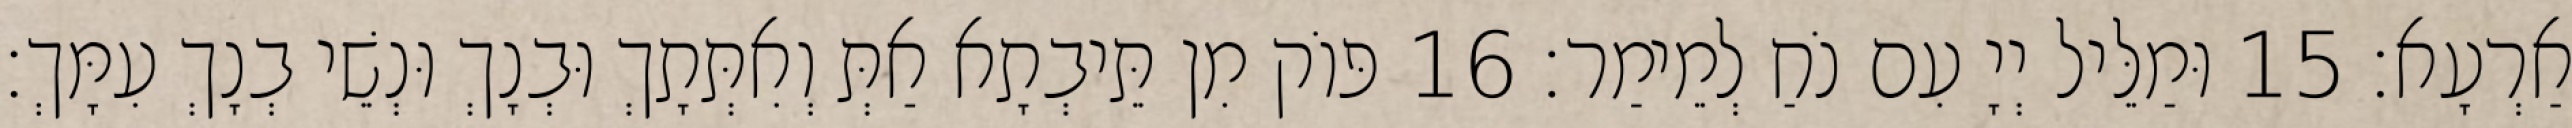
אַרְעָא׃ 15 וּמַלֵּיל יְיָ עִם נֹחַ לְמֵימַר׃ 16 פּוֹק מִן תֵּיבְתָא אַתְּ וְאִתְּתָךְ וּבְנָךְ וּנְשֵׁי בְנָךְ עִמָּךְ׃